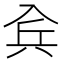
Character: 𠓫